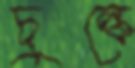
চুল্‌কে